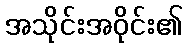
အသိုင်းအဝိုင်း၏